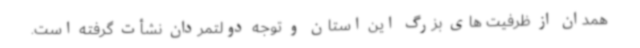
همدان از ظرفیت های بزرگ این استان و توجه دولتمردان نشأت گرفته است.